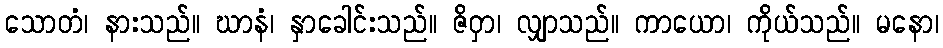
သောတံ၊ နားသည်။ ဃာနံ၊ နှာခေါင်းသည်။ ဇိဝှာ၊ လျှာသည်။ ကာယော၊ ကိုယ်သည်။ မနော၊